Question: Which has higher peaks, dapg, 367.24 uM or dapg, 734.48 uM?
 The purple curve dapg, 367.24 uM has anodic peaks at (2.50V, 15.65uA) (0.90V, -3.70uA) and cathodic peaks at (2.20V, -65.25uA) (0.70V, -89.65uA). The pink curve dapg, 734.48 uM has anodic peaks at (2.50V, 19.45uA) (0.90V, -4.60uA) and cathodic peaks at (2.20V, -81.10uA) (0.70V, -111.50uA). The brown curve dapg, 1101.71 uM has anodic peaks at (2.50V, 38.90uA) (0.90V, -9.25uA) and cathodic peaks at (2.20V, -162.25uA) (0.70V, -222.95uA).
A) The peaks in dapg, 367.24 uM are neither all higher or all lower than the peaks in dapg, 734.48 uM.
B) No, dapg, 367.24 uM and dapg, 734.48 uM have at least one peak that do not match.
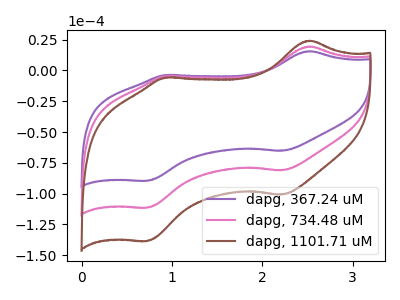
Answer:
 <answer>A) The peaks in "dapg, 367.24 uM" are neither all higher or all lower than the peaks in "dapg, 734.48 uM".</answer>
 <eval>A</eval>